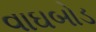
વાઘબોડ